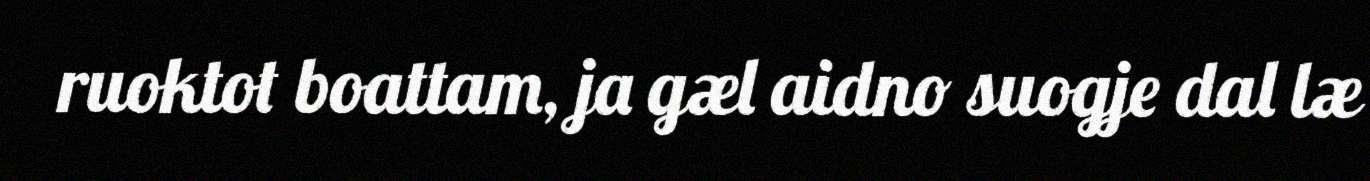
ruoktot boattam, ja gæl aidno suogje dal læ